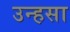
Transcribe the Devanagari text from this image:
उन्हसा